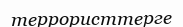
террористтерге